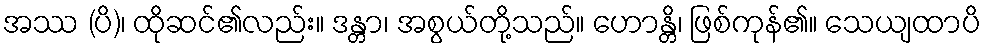
အဿ (ပိ)၊ ထိုဆင်၏လည်း။ ဒန္တာ၊ အစွယ်တို့သည်။ ဟောန္တိ၊ ဖြစ်ကုန်၏။ သေယျထာပိ